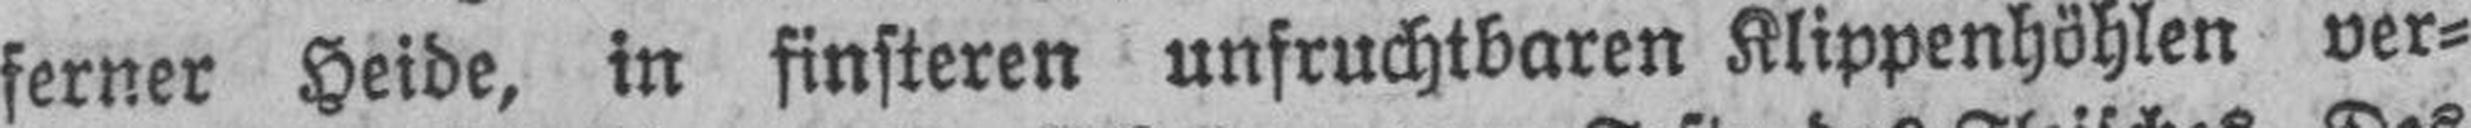
ferner Heide, in finsteren unfruchtbaren Klippenhöhlen ver¬